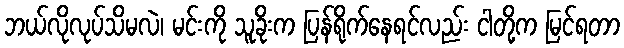
ဘယ်လိုလုပ်သိမလဲ၊ မင်းကို သူခိုးက ပြန်ရိုက်နေရင်လည်း ငါတို့က မြင်ရတာ